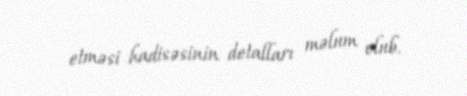
etməsi hadisəsinin detalları məlum olub.